Punjab Mental Hospital Lahore 1932-46 - 1932-1946
Year: 1932
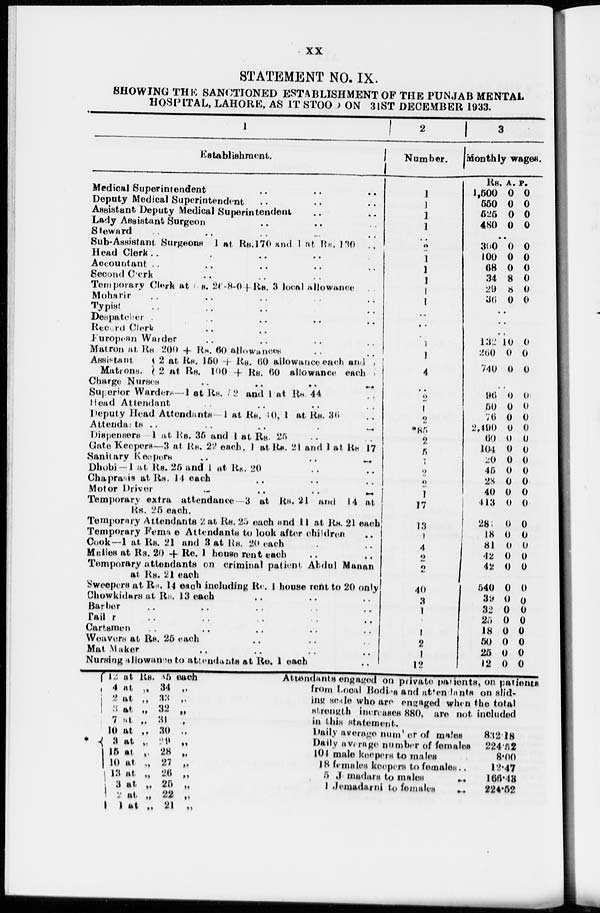
xx
STATEMENT NO. IX.
SHOWING THE SANCTIONED ESTABLISHMENT OF THE PUNJAB MENTAL
HOSPITAL, LAHORE, AS IT STOOD ON 31ST DECEMBER 1933.
1
Establishment.
Medical Superintendent .. .. ..
Deputy Medical Superintendent .. .. ..
Assistant Deputy Medical Superintendent .. ..
Lady Assistant Surgeon .. .. ..
Steward .. .. .. .. ..
Sub-Assistant Surgeons 1 at Rs.170 and 1 at Rs. 130 ..
Head Clerk .. .. .. .. ..
Accountant .. .. .. .. ..
Second Clerk .. .. .. .. ..
Temporary Clerk at Rs. 26-8-0 + Rs. 3 local allowance ..
Moharir .. .. .. .. ..
Typist .. .. .. .. ..
Despatcher .. .. .. .. ..
Record Clerk .. .. .. .. ..
Furopean Warder .. .. .. .. ..
Matron at Rs 200 + Rs. 60 allowances .. ..
Assistant
2 at Rs. 150 + Rs. 60 allowance each and
Matrons.
2 at Rs. 100 + Rs. 60 allowance each
Charge Nurses
..
..
..
..
..
..
Superior Warders—1 at Rs. 12 and 1 at Rs. 44 ..
Head Attendant .. .. .. .. ..
Deputy Head Attendants 1 at Rs. 10, 1 at Rs. 36
Attendants .. .. .. .. .. ..
Dispensers 1 at Rs. 35 and 1 at Rs 25
Gate Keepers—3 at Rs. 22 each. 1 at Rs. 21 and 1 at Rs 17
Sanitary Keepers. .. .. .. .. ..
Dhobi — 1 at Rs. 25 and 1 at Rs.. 20 .. ..
Chaprasis at Rs. 14 each .. .. .. .. ..
Motor Driver .. .. .. .. ..
Temporary extra attendance — 3 at Rs. 21 and 14 at
Rs. 25 each.
Temporary Attendants 2 at Rs. 25 each and 11 at Rs. 21 each
Temporary Female Attendants to look after children ..
Cook—1 at Rs. 21 and 3 at Rs. 20 each .. ..
Malies at Rs. 20 + Re. 1 house rent each .. ..
Temporary attendants on criminal patient Abdul Manan
at Rs. 21 each .. ..
Sweepers at Rs. 14 each including Re. 1 house rent to 20 only
Chowkidars at Rs. 13 each .. .. ..
Barber .. .. .. .. .. ..
Tailor .. .. .. .. .. ..
Cartsmen .. .. .. .. .. ..
Weavers at Rs. 25 each .. .. .. ..
Mat Maker .. .. .. .. ..
Nursing allowance to attendants at Re. 1 each ..
2
Number.
1
1
1
1
2
1
1
1
1
1
..
..
..
1
1
4
..
2
1
2
*85
2
5
1
2
2
1
17
13
1
4
2
2
40
3
1
1
2
1
12
3
Monthly wages.
Rs.
1,500
550
525
480
A.
0
0
0
0
P.
0
0
0
0
..
300
100
68
34
29
36
0
0
0
8
8
0
0
0
0
0
0
0
..
..
..
132
260
740
10
0
0
0
0
0
..
96
50
76
2,490
60
104
20
45
28
40
413
282
18
81
42
42
540
39
32
25
18
50
25
12
0
0
0
0
0
0
0
0
0
0
0
0
0
0
0
0
0
0
0
0
0
0
0
0
0
0
0
0
0
0
0
0
0
0
0
0
0
0
0
0
0
0
0
0
0
0
0
0
* 12 at Rs.
4 at „
2 at „
3 at „
7 at „
10 at „
3 at „
15 at „
10 at „
13 at „
3 at „
2
at „
1 at „
35 each
34 „
33 „
32 „
31 „
30 „
29 „
28 „
27 „
26 „
25 „
22 „
21 „
Attendants engaged on private patients, on patients
from Local Bodies and attendants on slid-
ing scale who are engaged when the total
strength increases 880, are not included
in this statement.
Daily average number of males
Daily average number of females
104 male keepers to males
18 females keepers to females..
5 Jemadars to males
..
1 Jemadarni to females
832.18
224.52
8.00
12.47
166.43
224.52